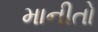
માનીતો